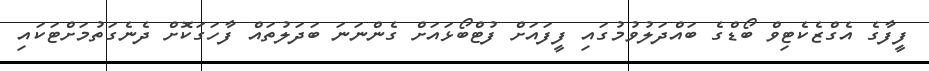
ފީފާގެ އެގްޒެކެޓިވް ބޯޑްގެ ބައްދަލުވުމުގައި ފީފައަށް ފުޓްބޯޅައަށް ގެންނަނަ ބަދަލުތައް ފާހަގަކޮށް ދެނެގަތުމަށްޓަކައި